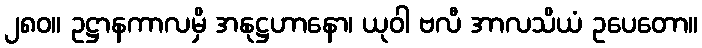
၂၈၀။ ဥဋ္ဌာနကာလမှိ အနုဋ္ဌဟာနော၊ ယုဝါ ဗလီ အာလသိယံ ဥပေတော။